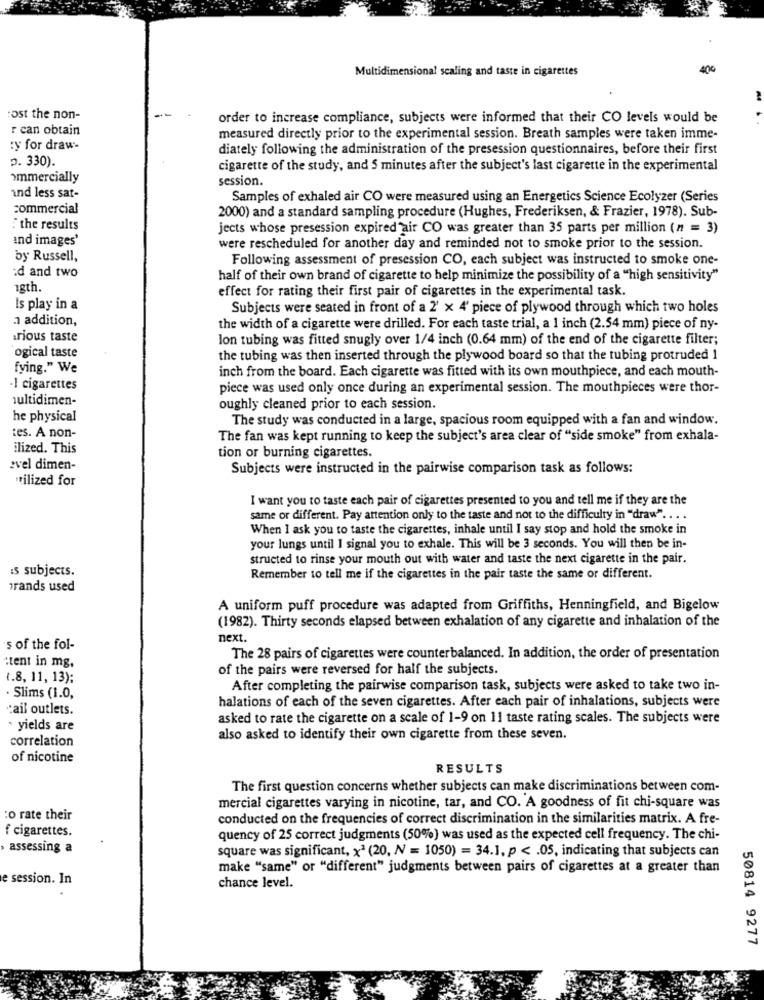
Multidimensional sealing and taste in cigarettes
:ost the non-
order to increase compliance, subjects were informed that their CO levels would be
r can obtain
measured directly prior to the experimental session. Breath samples were taken imme-
ty for draw-
diately following the administration of the presession questionnaires, before their first
p. 330).
cigarette of the study, and 5 minutes after the subject's last cigarette in the experimental
ommercially
session.
and less sat-
Samples of exhaled air CO were measured using an Energetics Science Ecolyzer (Series
commercial
2000) and a standard sampling procedure (Hughes, Frederiksen, & Frazier, 1978). Sub-
the results
jects whose presession expired air CO was greater than 35 parts per million (n = 3)
and images'
were rescheduled for another day and reminded not to smoke prior to the session.
by Russell,
Following assessment of presession CO, each subject was instructed to smoke one-
:d and two
half of their own brand of cigarette to help minimize the possibility of a "high sensitivity"
18th.
effect for rating their first pair of cigarettes in the experimental task.
Is play in a
Subjects were seated in front of a 2' x 4' piece of plywood through which two holes
addition,
the width of a cigarette were drilled. For each taste trial, a 1 inch (2.54 mm) piece of ny-
rious taste
lon tubing was fitted snugly over 1/4 inch (0.64 mm) of the end of the cigarette filter;
ogical taste
the tubing was then inserted through the plywood board so that the tubing protruded 1
fying." We
inch from the board. Each cigarette was fitted with its own mouthpiece, and each mouth-
·1 cigarettes
piece was used only once during an experimental session. The mouthpieces were thor-
multidimen-
oughly cleaned prior to each session.
he physical
The study was conducted in a large, spacious room equipped with a fan and window.
tes. A non-
The fan was kept running to keep the subject's area clear of "side smoke" from exhala-
ilized. This
tion or burning cigarettes.
evel dimen-
Subjects were instructed in the pairwise comparison task as follows:
utilized for
I want you to taste each pair of cigarettes presented to you and tell me if they are the
same or different. Pay attention only to the taste and not to the difficulty in "draw" ... .
When I ask you to taste the cigarettes, inhale until I say stop and hold the smoke in
your lungs until I signal you to exhale. This will be 3 seconds. You will then be in-
structed to rinse your mouth out with water and taste the next cigarette in the pair.
s subjects.
Remember to tell me if the cigarettes in the pair taste the same or different.
rands used
A uniform puff procedure was adapted from Griffiths, Henningfield, and Bigelow
(1982). Thirty seconds elapsed between exhalation of any cigarette and inhalation of the
next.
s of the fol-
:tent in mg.
The 28 pairs of cigarettes were counterbalanced. In addition, the order of presentation
of the pairs were reversed for half the subjects.
(.8, 11, 13);
After completing the pairwise comparison task, subjects were asked to take two in-
. Slims (1.0,
halations of each of the seven cigarettes. After each pair of inhalations, subjects were
ail outlets.
asked to rate the cigarette on a scale of 1-9 on 11 taste rating scales. The subjects were
· yields are
correlation
also asked to identify their own cigarette from these seven.
of nicotine
RESULTS
The first question concerns whether subjects can make discriminations between com-
mercial cigarettes varying in nicotine, tar, and CO. A goodness of fit chi-square was
:o rate their
conducted on the frequencies of correct discrimination in the similarities matrix. A fre-
f cigarettes.
quency of 25 correct judgments (50%) was used as the expected cell frequency. The chi-
,assessing a
square was significant, x2 (20, N = 1050) = 34.1. p < . 05, indicating that subjects can
make "same" or "different" judgments between pairs of cigarettes at a greater than
e session. In
chance level.
50814 9277